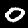
Label: 0